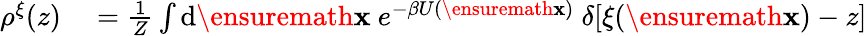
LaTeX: \begin{array}{rl}{\rho^{\xi}(z)}&{{}=\frac{1}{Z}\int\mathrm{d}\ensuremath{\mathbf{x}}\ e^{-\beta U(\ensuremath{\mathbf{x}})}\ \delta[\xi(\ensuremath{\mathbf{x}})-z]}\end{array}